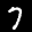
Label: 7